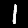
Digit: 1